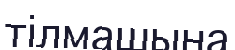
тілмашына